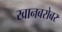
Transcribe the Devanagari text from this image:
खानबरोबर